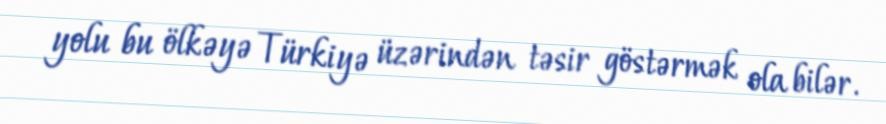
yolu bu ölkəyə Türkiyə üzərindən təsir göstərmək ola bilər.